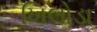
ખિલોડા